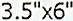
3.5"X6"